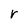
Character: r